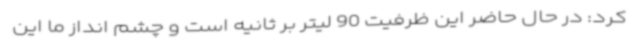
کرد: در حال حاضر این ظرفیت 90 لیتر بر ثانیه است و چشم انداز ما این